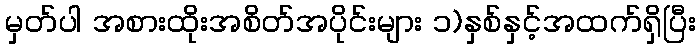
မှတ်ပါ အစားထိုးအစိတ်အပိုင်းများ ၁)နှစ်နှင့်အထက်ရှိပြီး